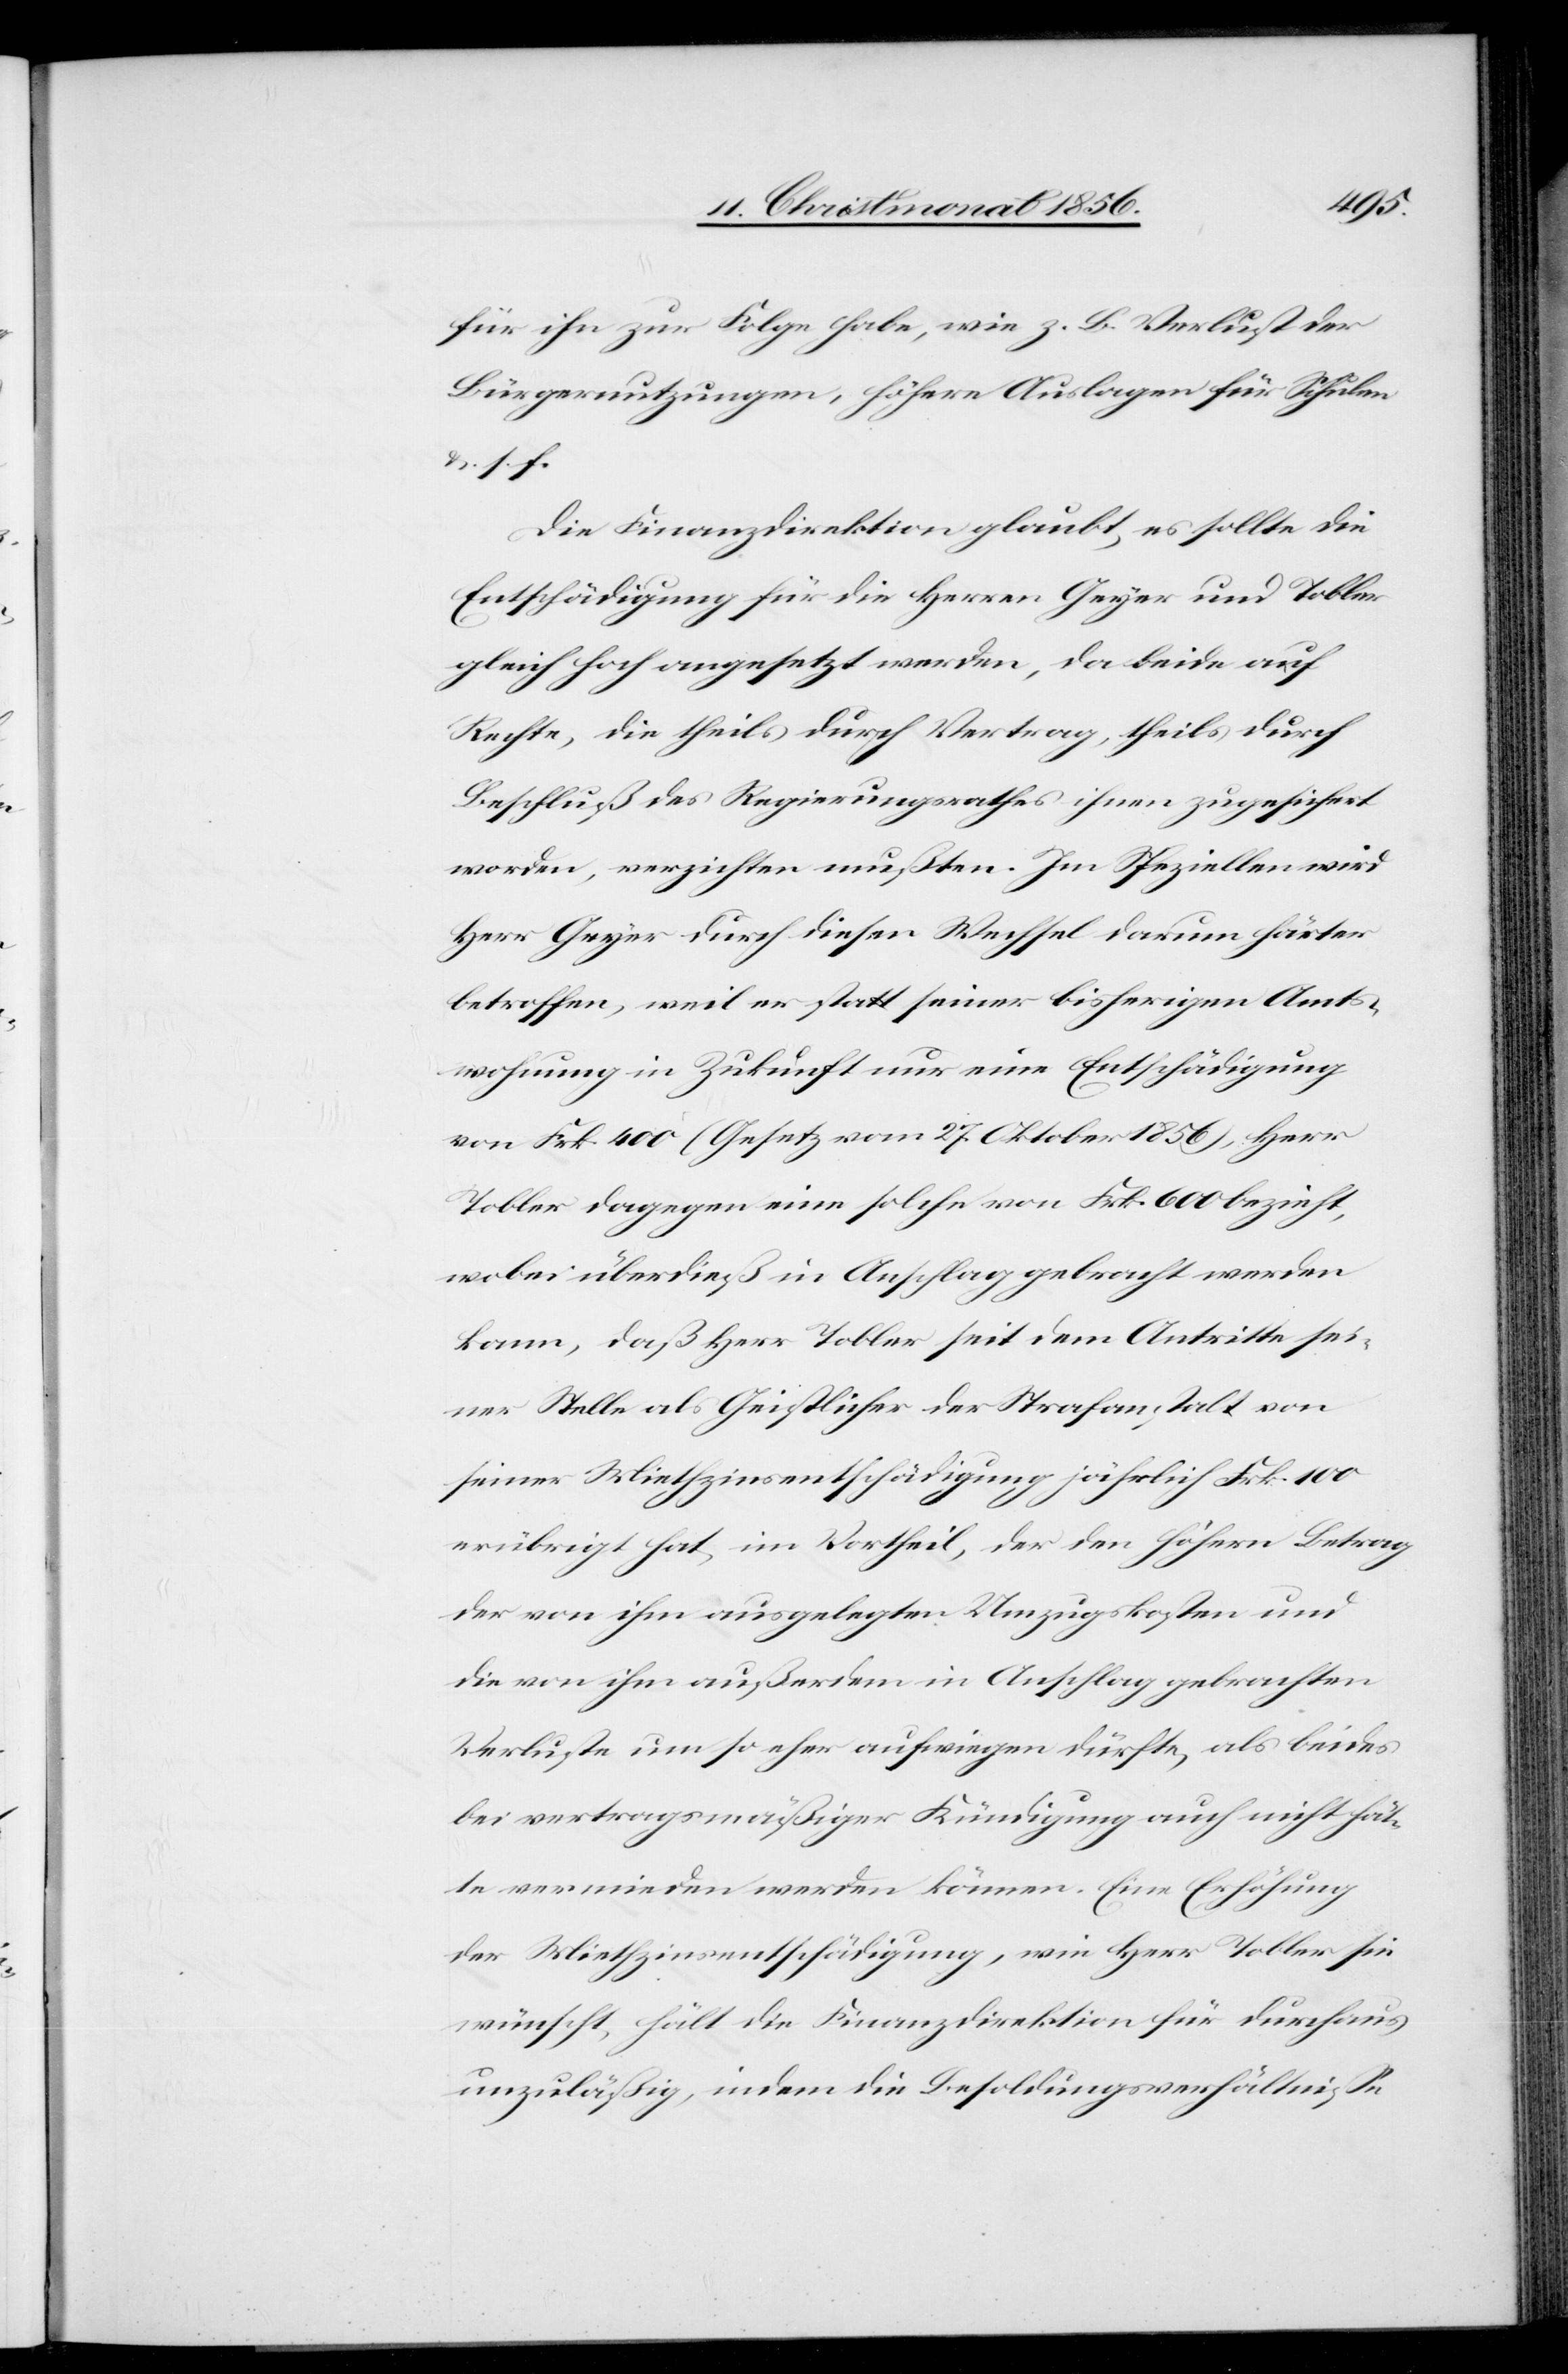
für ihn zur Folge habe, wie z. B. Verlust der
Bürgernutzungen, höhere Auslagen für Schulen
&. s. f.
Die Finanzdirektion glaubt, es sollte die
Entschädigung für die Herren Geyer und Tobler
gleich hoch angesetzt werden, da beide auf
Rechte, die theils durch Vertrag, theils durch
Beschluß des Regierungsrathes ihnen zugesichert
worden, verzichten mußten. Im Speziellen wird
Herr Geyer durch diesen Wechsel darum härter
betroffen, weil er statt seiner bisherigen Amts¬
wohnung in Zukunft nur eine Entschädigung
von Frk. 400 (Gesetz vom 27. Oktober 1856), Herr
Tobler dagegen eine solche von Frk. 600 bezieht,
wobei überdieß in Anschlag gebracht werden
kann, daß Herr Tobler seit dem Antritte sei¬
ner Stelle als Geistlicher der Strafanstalt von
seiner Miethzinsentschädigung jährlich Frk. 100
erübrigt hat, im Vortheil, der den höhern Betrag
der von ihm ausgelegten Umzugskosten und
die von ihm außerdem in Anschlag gebrachten
Verluste um so eher aufwiegen dürfte, als beides
bei vertragsmäßiger Kündigung auch nicht hät¬
te vermieden werden können. Eine Erhöhung
der Miethzinsentschädigung, wie Herr Tobler sie
wünscht, hält die Finanzdirektion für durchaus
unzuläßig, indem die Besoldungsverhältnisse